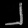
Digit: ၂